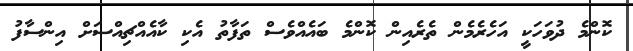
ކޮންމެ ދުވަހަކީ އަހެރެމެން ތެރެއިން ކޮންމެ ބައެއްވެސް ތަފާތު އެކި ކާއެއްޗިއްސަށް އިންސާފު